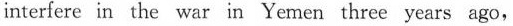
interfere in the war in Yemen three years ago,